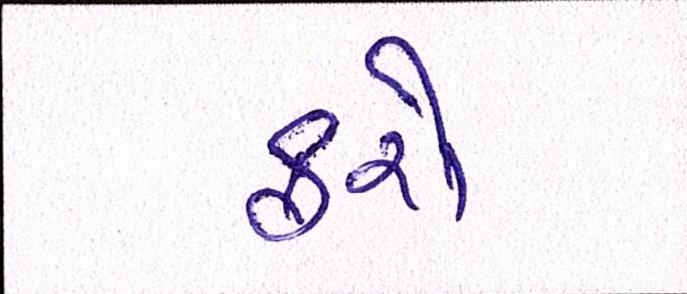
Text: ફરો